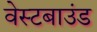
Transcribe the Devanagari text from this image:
वेस्टबाउंड